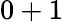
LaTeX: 0+1